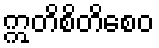
ဣတိစိတိစေဝ